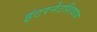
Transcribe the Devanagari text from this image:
इंटरनेटशिवाय